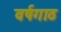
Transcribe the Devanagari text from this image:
वर्षगाठ